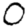
Digit: 0